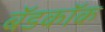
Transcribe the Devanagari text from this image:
बॅडकॉक